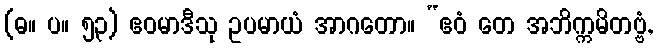
(ဓ။ ပ။ ၅၃) ဧဝမာဒီသု ဥပမာယံ အာဂတော။ “ဧဝံ တေ အဘိက္ကမိတဗ္ဗံ,